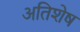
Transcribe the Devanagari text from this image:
अतिशेष